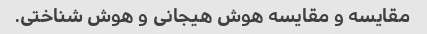
مقایسه و مقایسه هوش هیجانی و هوش شناختی.